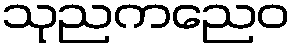
သုညကညေဝ